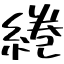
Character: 綣